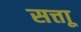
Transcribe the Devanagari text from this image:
सत्ताू